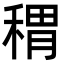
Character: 稩